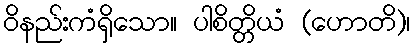
ဝိနည်းကံရှိသော။ ပါစိတ္တိယံ (ဟောတိ)၊